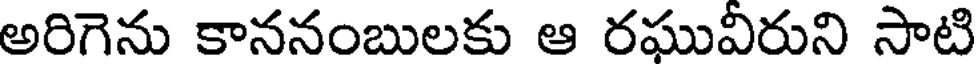
అరిగెను కాననంబులకు ఆ రఘువీరుని సాటి